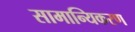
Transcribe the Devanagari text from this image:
सामान्यिकरण